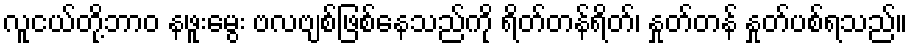
လူငယ်တို့ဘာဝ နဖူးမွေး ဗလဗျစ်ဖြစ်နေသည်ကို ရိတ်တန်ရိတ်၊ နှုတ်တန် နှုတ်ပစ်ရသည်။